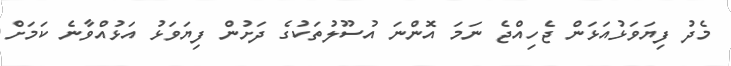
މެދު ފިޔަވަޅުއަޅަން ޖެހިއްޖެ ނަމަ އޮންނަ އުސޫލުތަކުގެ ދަށުން ފިޔަވަޅު އަޅުއްވާނެ ކަމަށް